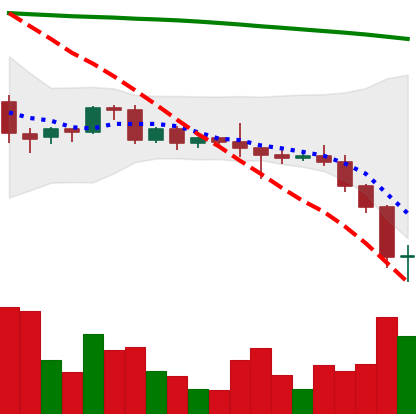
Ticker: BNB-USD
Chart end date: 2022-06-14
Forward return: -3.719%
Label: down_3_5